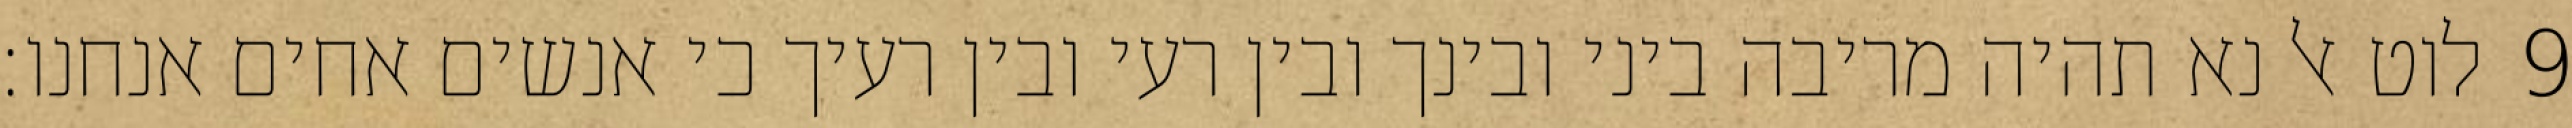
לוט אל נא תהיה מריבה ביני ובינך ובין רעי ובין רעיך כי אנשים אחים אנחנו׃ ‎9‏